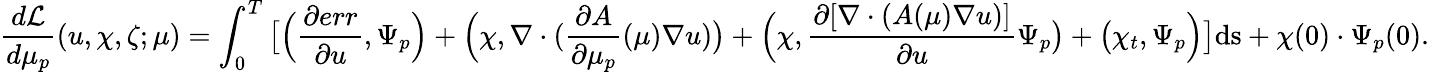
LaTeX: \frac{d\mathcal{L}}{d\mu_{p}}(u,\chi,\zeta;\mu)=\int_{0}^{T}\big[\Big(\frac{\partial err}{\partial u},\Psi_{p}\Big)+\Big(\chi,\nabla\cdot(\frac{\partial A}{\partial\mu_{p}}(\mu)\nabla u)\big)+\Big(\chi,\frac{\partial[\nabla\cdot(A(\mu)\nabla u)]}{\partial u}\Psi_{p}\big)+\big(\chi_{t},\Psi_{p}\Big)\big]\textrm{ds}+\chi(0)\cdot\Psi_{p}(0).